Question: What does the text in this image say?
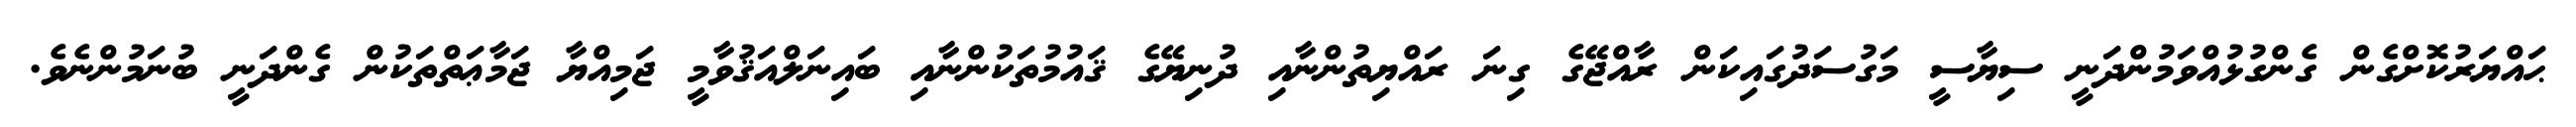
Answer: ޙައްޔަރުކޮށްގެން ގެންގުޅުއްވަމުންދަނީ ސިޔާސީ މަގުސަދުގައިކަން ރާއްޖޭގެ ގިނަ ރައްޔިތުންނާއި ދުނިޔޭގެ ޤައުމުތަކުންނާއި ބައިނަލްއަޤުވާމީ ޖަމިއްޔާ ޖަމާޢަތްތަކުން ގެންދަނީ ބުނަމުންނެވެ.